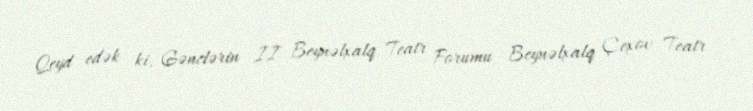
Qeyd edək ki, Gənclərin II Beynəlxalq Teatr Forumu Beynəlxalq Çexov Teatr